Statistics compiled by the Government of India from the reports of provincial Civil Veterinary Departments
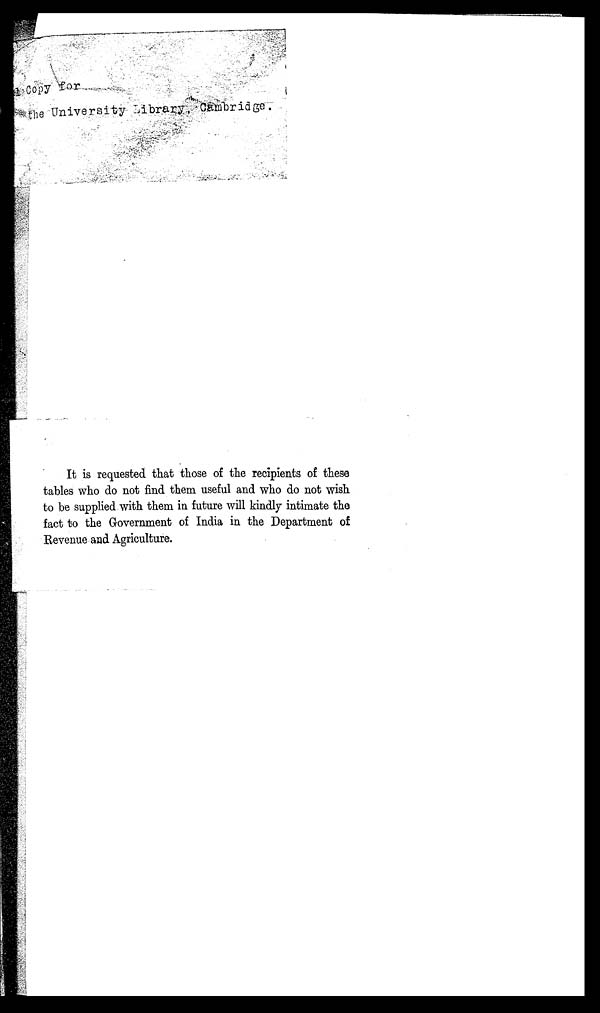
It is requested that those of the recipients of these
tables who do not find them useful and who do not wish
to be supplied with them in future will kindly intimate the
fact to the Government of India in the Department of
Revenue and Agriculture.